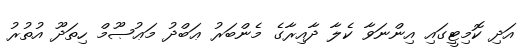
އަދި ކޮމިޓީގައި އިންނަވާ ކެލާ ދާއިރާގެ މެންބަރު ޢަބްދު މަޢުޞޫމް ހިތަދޫ އުތުރު